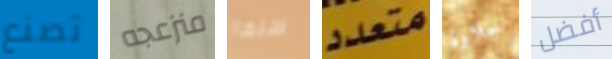
تصنع منزعجه سنها متعدد حلاوة أفضل